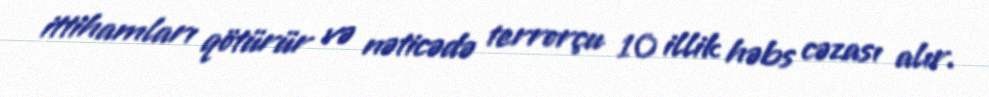
ittihamları qötürür və nəticədə terrorçu 10 illik həbs cəzası alır.